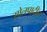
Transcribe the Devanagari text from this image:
सोलपादीन